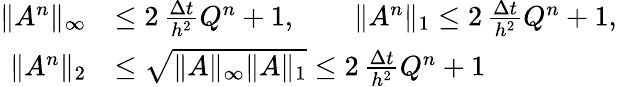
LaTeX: \begin{array}{rl}{\| A^{n}\| _{\infty}}&{\leq 2\, \frac{\Delta t}{h^{2}}Q^{n}+1,\qquad\| A^{n}\| _{1}\leq 2\, \frac{\Delta t}{h^{2}}Q^{n}+1,}\\ {\| A^{n}\| _{2}}&{\leq\sqrt{\| A\| _{\infty}\| A\| _{1}}\leq 2\, \frac{\Delta t}{h^{2}}Q^{n}+1}\end{array}